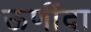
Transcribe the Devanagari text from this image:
ऊणींदा